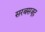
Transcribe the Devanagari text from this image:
सरबसजूद